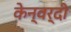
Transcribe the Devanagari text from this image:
केन्वर्दी